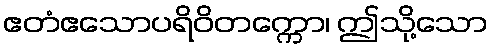
ဧတံဧသောပရိဝိတက္ကော၊ ဤသို့သော